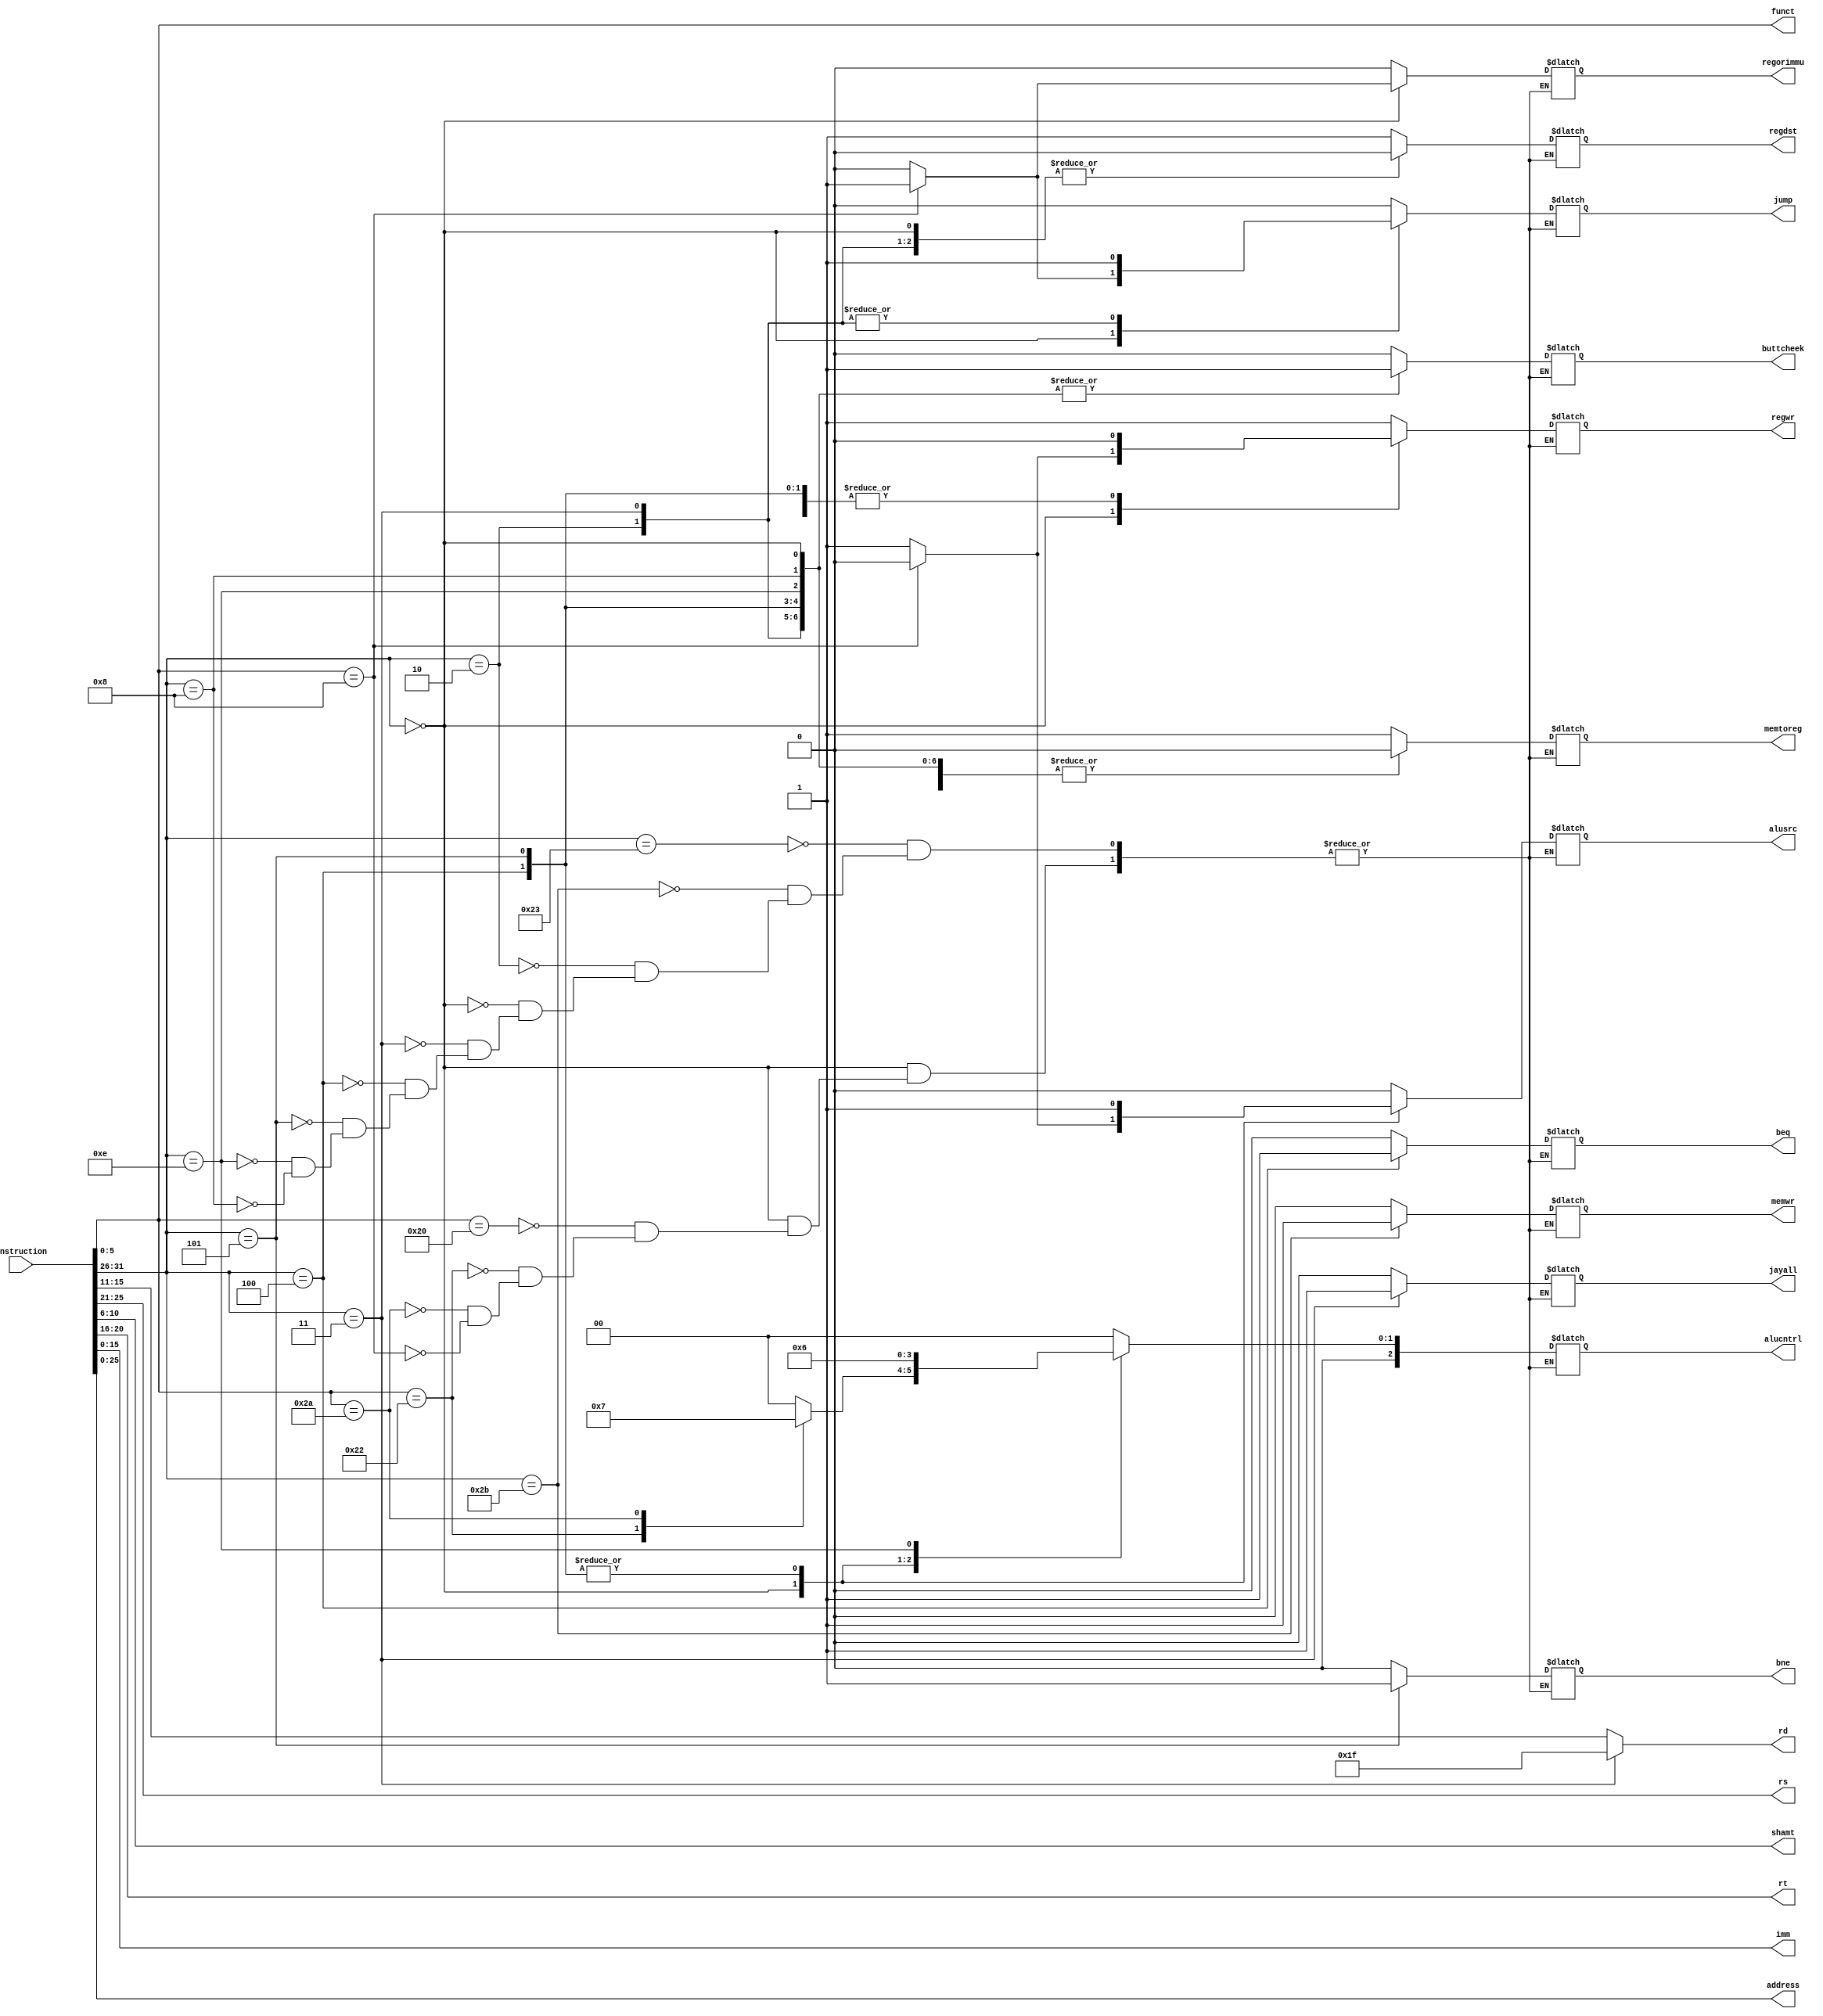
`define LW 6'b100011
`define SW 6'b101011
`define J 6'b000010
`define RTYPE 6'b000000
`define JAL 6'b000011
`define BEQ 6'b000100
`define BNE 6'b000101
`define XORI 6'b001110
`define ADDI 6'b001000

`define tADD 6'b100000
`define tSUB 6'b100010
`define tSLT 6'b101010
`define tJR 6'b001000

`define iADD 3'b000
`define iSUB 3'b001
`define iXOR 3'b010
`define iSLT 3'b011

module InstructionparselLUT
(
output [4:0] rs, // Instruction
output reg [4:0] rd, // Instruction from R-Type Signals
output [4:0] shamt, // Instruction from R-Type Signals
output [5:0] funct, // Instruction from R-Type Signals
output [4:0] rt, // Reg[rt]
output [15:0] imm, // immediate value
output [25:0] address, // mux address
output reg [2:0] alucntrl, // ALU control signal
output reg regwr, // RegWrite (Enable Writing to Register)
output reg memwr, // MemWrite (Enable Writing to Memory)
output reg regdst, // Chooses Destination rd or rt
output reg alusrc, // Chooses imm or Db as Input B to ALU
output reg memtoreg, // Writing to Register from Memory
output reg jump, // Control Signal for IFU
output reg regorimmu, // Control Signal for IFU
output reg jayall, // Control Signal for IFU
output reg bne,// Control Signal for IFU
output reg beq, // Control Signal for IFU
output reg buttcheek,
input [31:0] instruction // The instruction itself, from assembly
);
  wire [4:0] linker;
  assign linker = 5'd31;
  // Decomposing the different parts of the instruction
  assign rt=instruction[20:16];
  assign rs=instruction[25:21];
  assign imm = instruction[15:0];
  assign address=instruction[25:0];
  assign shamt=instruction[10:6];
  assign funct=instruction[5:0];
  always @(instruction) begin
    rd<=instruction[15:11];
    case(instruction[31:26])
    `LW: begin alucntrl =`iADD; regwr=1; memwr=0; regdst=1; alusrc=0; memtoreg=1; jump=0; regorimmu=0; jayall=0; bne=0; beq=0; buttcheek=0; end
    `SW: begin alucntrl =`iADD; regwr=0; memwr=1; regdst=1; alusrc=0; memtoreg=0; jump=0; regorimmu=0; jayall=0; bne=0; beq=0; buttcheek=0; end
    `J: begin alucntrl =`iADD; regwr=0; memwr=0; regdst=0; alusrc=0; memtoreg=0; jump=1; regorimmu=0; jayall=0; bne=0; beq=0; buttcheek=1; end
    `RTYPE: begin
      case(instruction[5:0])
      `tADD: begin alucntrl=`iADD; regwr=1; memwr=0; regdst=0; alusrc=1; memtoreg=0; jump=0; regorimmu=0;  jayall=0; bne=0; beq=0; buttcheek=1; end
      `tSUB: begin alucntrl=`iSUB; regwr=1; memwr=0; regdst=0; alusrc=1; memtoreg=0; jump=0; regorimmu=0;  jayall=0; bne=0; beq=0; buttcheek=1; end
      `tSLT: begin alucntrl=`iSLT; regwr=1; memwr=0; regdst=0; alusrc=1; memtoreg=0; jump=0; regorimmu=0; jayall=0; bne=0; beq=0; buttcheek=1; end
      `tJR: begin alucntrl=`iADD; regwr=0; memwr=0; regdst=0; alusrc=0; memtoreg=0; jump=1;  regorimmu=1; jayall=0; bne=0; beq=0; buttcheek=1; end
      endcase
    end
    `JAL: begin alucntrl=`iADD; regwr=1; memwr=0; regdst=0; alusrc=0; memtoreg=0; jump=1; regorimmu=0; jayall=1; bne=0; beq=0; buttcheek=1; rd<=linker; end
    `BEQ: begin alucntrl=`iSUB; regwr=0; memwr=0; regdst=1; alusrc=1; memtoreg=0; jump=0; regorimmu=0; jayall=0; bne=0; beq=1; buttcheek=1; end
    `BNE: begin alucntrl=`iSUB; regwr=0; memwr=0; regdst=1; alusrc=1; memtoreg=0; jump=0; regorimmu=0; jayall=0; bne=1; beq=0; buttcheek=1; end
    `XORI: begin alucntrl=`iXOR; regwr=1; memwr=0; regdst=1; alusrc=0; memtoreg=0; jump=0; regorimmu=0; jayall=0; bne=0; beq=0; buttcheek=1; end
    `ADDI: begin alucntrl=`iADD; regwr=1; memwr=0; regdst=1; alusrc=0; memtoreg=0; jump=0; regorimmu=0; jayall=0; bne=0; beq=0; buttcheek=1; end
    endcase
  end
endmodule